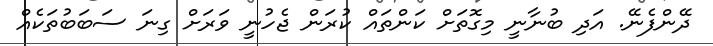
ދޭންފެނޭ. އަދި ބުނާނީ މިގޮތަށް ކަންތައް ކުރަން ޖެހުނީ ވަރަށް ގިނަ ސަބަބުތަކެއް